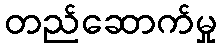
တည်ဆောက်မှု